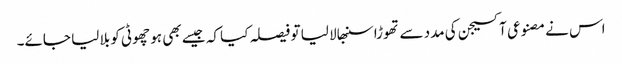
اس نے مصنوعی آکسیجن کی مدد سے تھوڑا سنبھالا لیا تو فیصلہ کیا کہ جیسے بھی ہو چھوٹی کو بلا لیا جائے۔